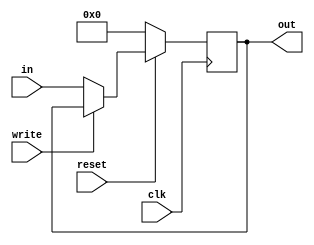
module register4(clk, out, in, write, reset);  
	output reg [3:0] out;
	input      [3:0] in;
	input      clk, write, reset;
	always@(posedge clk) begin
		if(reset==0) begin
			out = 4'b0;
		end
		else if(write == 1'b0) begin
			out = in;
		end
	end
endmodule